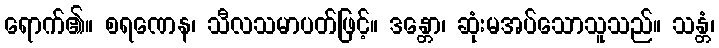
ရောက်၏။ စရဏေန၊ သီလသမာပတ်ဖြင့်။ ဒန္တော၊ ဆုံးမအပ်သောသူသည်။ သန္တံ၊